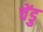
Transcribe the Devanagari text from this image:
चेंडु